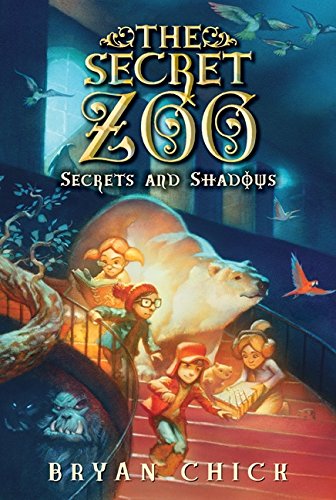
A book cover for The Secret Zoo: Secrets and Shadows; Bryan Chick; Children's Books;